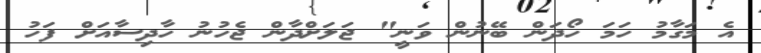
އެ މަގާމު ހަމަ ހޯދަން ބޭނުން ވަނީ" ޖަލަށްދާން ޖެހުނު ހާދިސާއަށް ފަހު